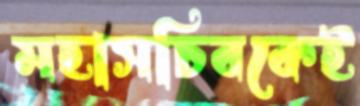
মহাসচিবকেই